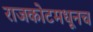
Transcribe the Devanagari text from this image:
राजकोटमधूनच